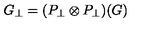
G _ { \perp } = ( P _ { \perp } \otimes P _ { \perp } ) ( G )